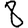
Digit: 8